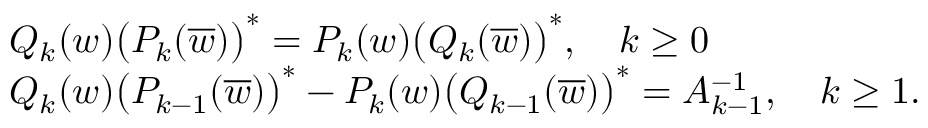
\begin{array} { r l } & { Q _ { k } ( w ) \big ( P _ { k } ( \overline { { w } } ) \big ) ^ { * } = P _ { k } ( w ) \big ( Q _ { k } ( \overline { { w } } ) \big ) ^ { * } , \quad k \geq 0 } \\ & { Q _ { k } ( w ) \big ( P _ { k - 1 } ( \overline { { w } } ) \big ) ^ { * } - P _ { k } ( w ) \big ( Q _ { k - 1 } ( \overline { { w } } ) \big ) ^ { * } = A _ { k - 1 } ^ { - 1 } , \quad k \geq 1 . } \end{array}